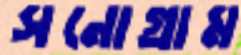
সনোগ্রাম